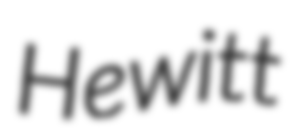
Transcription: Hewitt